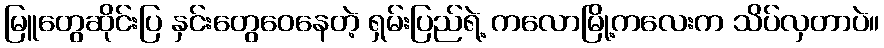
မြူတွေဆိုင်းပြ နှင်းတွေဝေနေတဲ့ ရှမ်းပြည်ရဲ့ ကလောမြို့ကလေးက သိပ်လှတာပဲ။